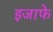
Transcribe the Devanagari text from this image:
इजाफे